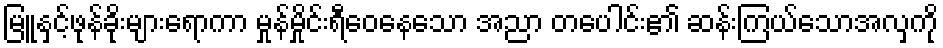
မြူနှင့်ဖုန်ခိုးများရောကာ မှုန်မှိုင်းရီဝေနေသော အညာ တပေါင်း၏ ဆန်းကြယ်သောအလှကို